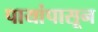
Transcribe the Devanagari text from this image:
पायांपासून